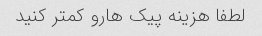
لطفا هزینه پیک هارو کمتر کنید